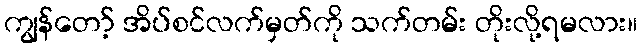
ကျွန်တော့် အိပ်စင်လက်မှတ်ကို သက်တမ်း တိုးလို့ရမလား။